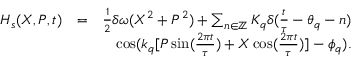
\begin{array} { r l r } { H _ { s } ( X , P , t ) } & { = } & { \frac { 1 } { 2 } \delta \omega ( X ^ { 2 } + P ^ { 2 } ) + \sum _ { n \in \mathbb { Z } } K _ { q } \delta ( \frac { t } { \tau } - \theta _ { q } - n ) } \\ & { } & { \cos ( k _ { q } [ P \sin ( \frac { 2 \pi t } { \tau } ) + X \cos ( \frac { 2 \pi t } { \tau } ) ] - \phi _ { q } ) . } \\ & { } & \end{array}